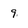
Character: 9